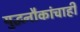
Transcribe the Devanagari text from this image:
युद्धनौकांचाही